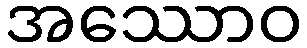
အဿောဝ